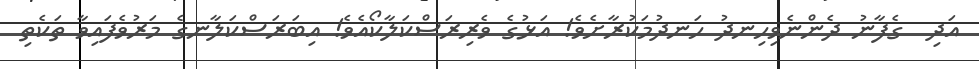
އަދި  ގެފާނު ދެންނެވިހިނދު ހަނދުމަކުރާށެވެ! އަޅުގެ ވެރިރަސްކަލާކޯއެވެ! އިބަރަސްކަލާނގެ މަރުވެފައިވާ ތަކެތި